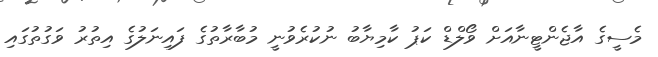
މެސީގެ އާޖެންޓީނާއަށް ވޯލްޑް ކަޕު ކާމިޔާބު ނުކުރެވުނީ މުބާރާތުގެ ފައިނަލުގެ އިތުރު ވަގުތުގައި